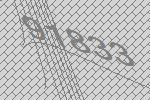
91833